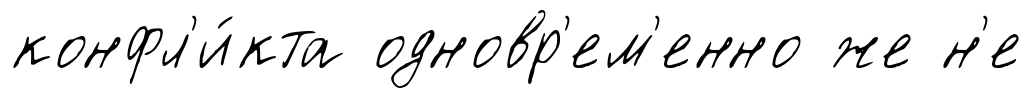
конфл'и́кта одновр'ем'енно же н'е